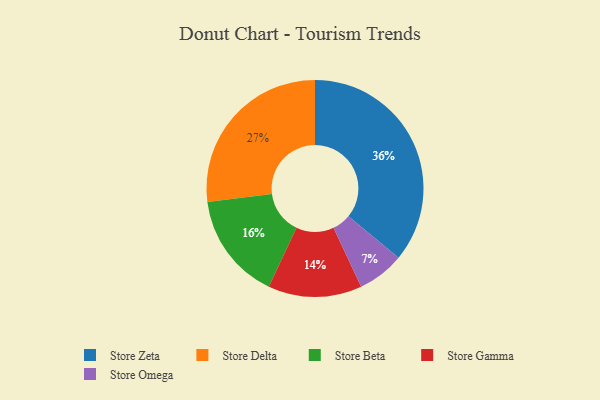
{"axis": {"x": "Category", "y": "Percentage"}, "legend": ["Store Beta", "Store Delta", "Store Gamma", "Store Omega", "Store Zeta"], "data": [{"x": "Store Gamma", "y": 14, "type": "Store Gamma"}, {"x": "Store Delta", "y": 27, "type": "Store Delta"}, {"x": "Store Beta", "y": 16, "type": "Store Beta"}, {"x": "Store Zeta", "y": 36, "type": "Store Zeta"}, {"x": "Store Omega", "y": 7, "type": "Store Omega"}]}